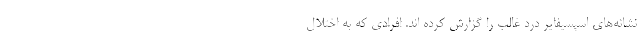
نشانه‌های اسپسیفایر درد غالب را گزارش کرده اند. افرادی که به اختلال